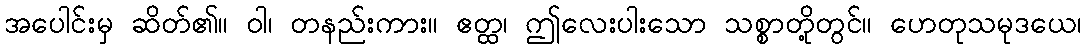
အပေါင်းမှ ဆိတ်၏။ ဝါ၊ တနည်းကား။ ဧတ္ထ၊ ဤလေးပါးသော သစ္စာတို့တွင်။ ဟေတုသမုဒယေ၊